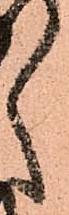
く